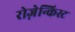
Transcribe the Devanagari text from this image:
रोज़ेन्किस्ट